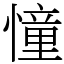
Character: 憧